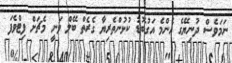
ނަމަވެސް ދުނިޔޭގެ އެންމެ އަގުބޮޑު ކުޅުންތެރިޔާ ގެރެތް ބޭލް ވަނީ މެޗަށް ފިޓްވެފަ